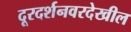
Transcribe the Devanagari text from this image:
दूरदर्शनवरदेखील